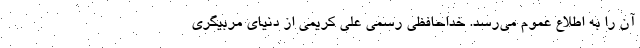
آن را به اطلاع عموم می‌رسد. خداحافظی رسمی علی کریمی از دنیای مربیگری